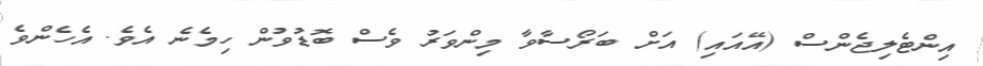
އިންޓެލިޖެންސް (އޭއައި) އަށް ބަރޯސާވާ މިންވަރު ވެސް ބޮޑުވުން ހިމެނެ އެވެ. އެހެންވެ